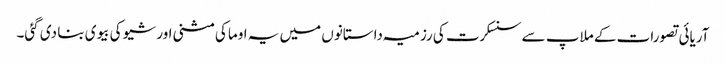
آریائی تصورات کے ملاپ سے سنسکرت کی رزمیہ داستانوں میں یہ اوما کی مثنی اور شیو کی بیوی بنا دی گئی۔